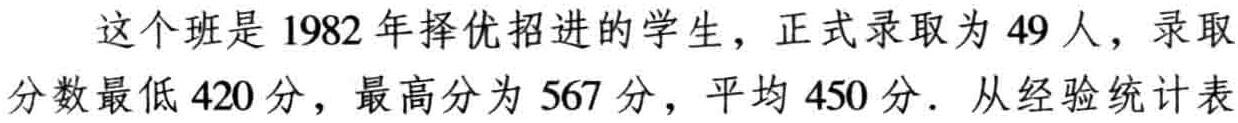
这个班是 1982 年择优招进的学生，正式录取为 49 人，录取分数最低 420 分，最高分为 567 分，平均 450 分．从经验统计表